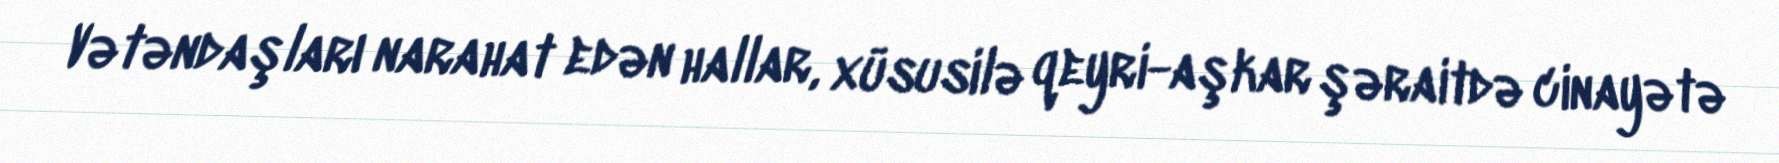
Vətəndaşları narahat edən hallar, xüsusilə qeyri-aşkar şəraitdə cinayətə